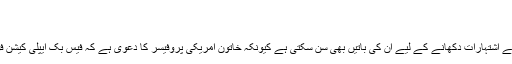
کیا فیس بک ہماری باتیں بھی سنتی ہے |
کیا فیس بک ہماری باتیں بھی سنتی ہے
امریکا(ری پبلکن نیوز ) کیا فیس بک صارفین کو ان کی دلچسپی کے اشتہارات دکھانے کے لیے اُن کی باتیں بھی سن سکتی ہے کیونکہ خاتون امریکی پروفیسر کا دعویٰ ہے کہ فیس بک ایپلی کیشن فون کے مائیک کے ذریعے باتیں سننے کی بھی کوشش کرتی ہے۔